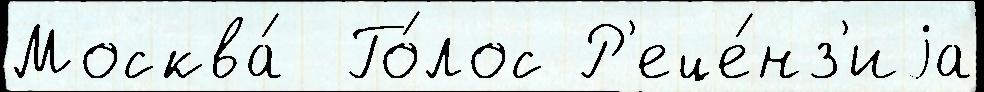
Москва́  Го́лос Р'еце́нз'иjа